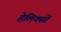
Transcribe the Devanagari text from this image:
हेलिक्सों